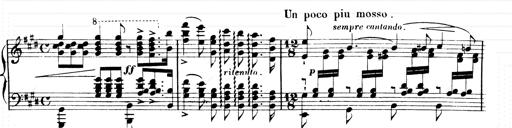
Title: 2 Transcriptions d'aprÃ¨s Rossini
Composer: Franz Liszt